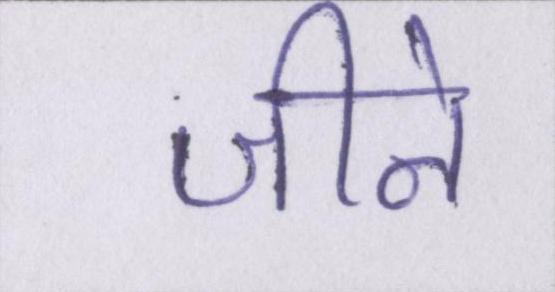
जीने